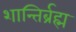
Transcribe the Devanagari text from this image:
शान्तिर्ब्रह्म